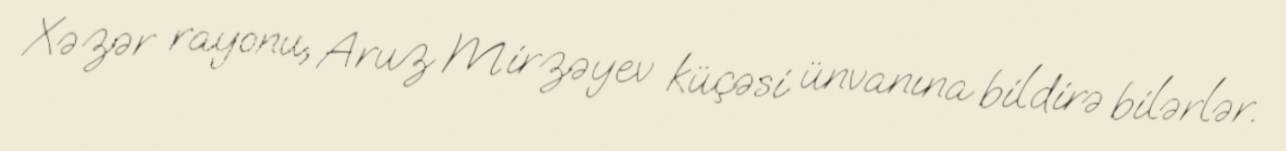
Xəzər rayonu, Aruz Mirzəyev küçəsi ünvanına bildirə bilərlər.